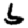
Digit: 6